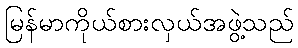
မြန်မာကိုယ်စားလှယ်အဖွဲ့သည်